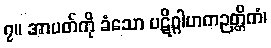
၇။ အာပတ်ကို ခံသော ပဋိဂ္ဂါဟကဉတ္တိကံ၊